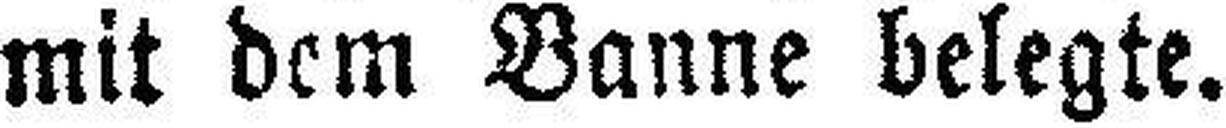
mit dem Banne belegte.